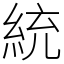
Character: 統